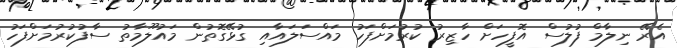
އެރޭ ނިލާމް ފުލުސް އޮފީހަށް ހާޒިރު ކުރުމަށްފަހު މައްސަލައާއި ގުޅޭގޮތުން މައުލޫމާތު ސާފުކުރުމަށްފަހު